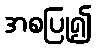
အစပြု၍